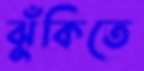
ঝুঁকিতে